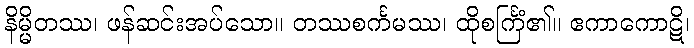
နိမ္မိတဿ၊ ဖန်ဆင်းအပ်သော။ တဿစင်္ကမဿ၊ ထိုစင်္ကြံ၏။ ဧကာကောဋိ၊